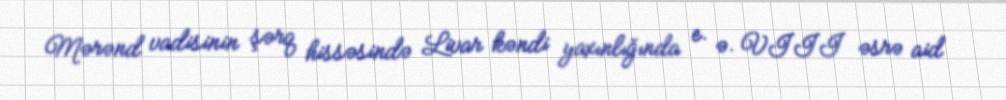
Mərənd vadisinin şərq hissəsində Livar kəndi yaxınlığında e. ə. VIII əsrə aid